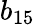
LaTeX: b_{15}